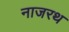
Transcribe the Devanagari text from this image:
नाजरथ